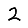
Digit: 2